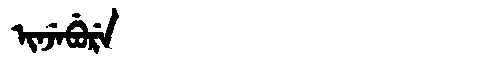
Manchu: ᡳᠨᠵᡝᠪᡠᡵᡝ
Romanization: INJEBURE